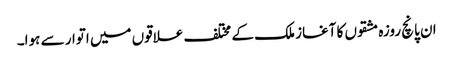
ان پانچ روزہ مشقوں کا آغاز ملک کے مختلف علاقوں میں اتوار سے ہوا۔